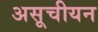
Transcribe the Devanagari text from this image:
असूचीयन